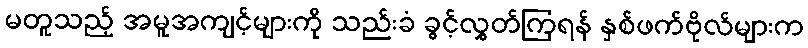
မတူသည့် အမူအကျင့်များကို သည်းခံ ခွင့်လွှတ်ကြရန် နှစ်ဖက်ဗိုလ်များက